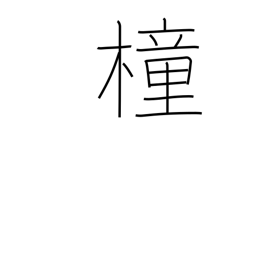
Meaning: pole